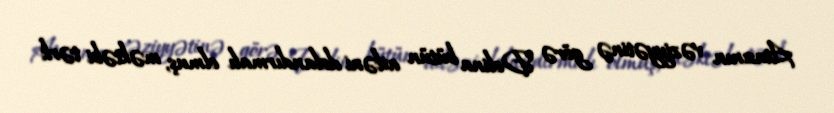
Atasının vəziyyətinə görə Dolina bütün ailəni dolandırmalı olmuş, məktəbi tərk